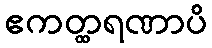
ဧကတ္ထရဏာပိ